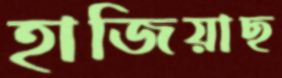
হাজিয়াছ